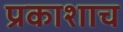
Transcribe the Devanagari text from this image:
प्रकाशाच